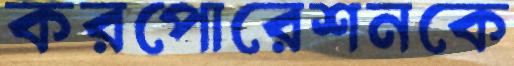
করপোরেশনকে